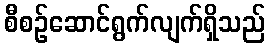
စီစဉ်ဆောင်ရွက်လျက်ရှိသည်